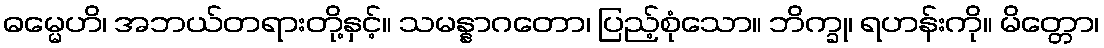
ဓမ္မေဟိ၊ အဘယ်တရားတို့နှင့်။ သမန္နာဂတော၊ ပြည့်စုံသော။ ဘိက္ခု၊ ရဟန်းကို။ မိတ္တော၊